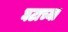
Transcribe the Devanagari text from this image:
घटाच्या